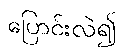
ပြောင်းလဲ၍